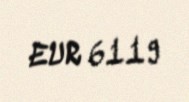
EUR 6119